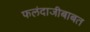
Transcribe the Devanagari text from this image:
फलंदाजीबाबत